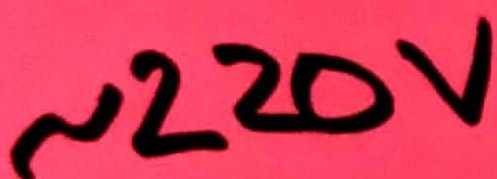
Text: ~220V